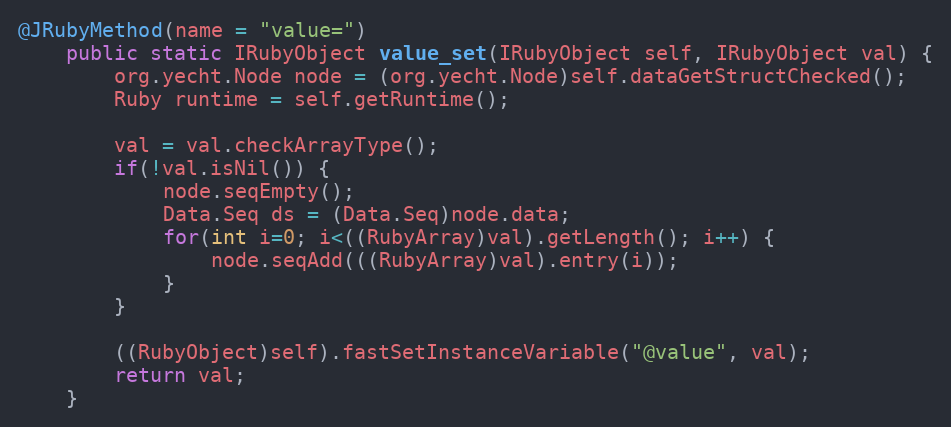
Language: Java
@JRubyMethod(name = "value=")
    public static IRubyObject value_set(IRubyObject self, IRubyObject val) {
        org.yecht.Node node = (org.yecht.Node)self.dataGetStructChecked();
        Ruby runtime = self.getRuntime();

        val = val.checkArrayType();
        if(!val.isNil()) {
            node.seqEmpty();
            Data.Seq ds = (Data.Seq)node.data;
            for(int i=0; i<((RubyArray)val).getLength(); i++) {
                node.seqAdd(((RubyArray)val).entry(i));
            }
        }

        ((RubyObject)self).fastSetInstanceVariable("@value", val);
        return val;
    }